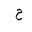
Letter: _ha